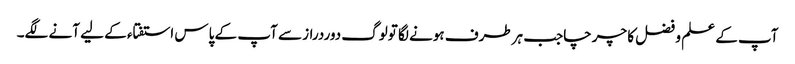
آپ کے علم و فضل کا چرچاجب ہرطرف ہونے لگا تولوگ دوردراز سے آپ کے پاس استفتاء کے لیے آنے لگے۔